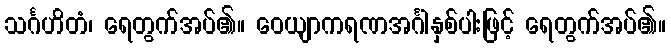
သင်္ဂဟိတံ၊ ရေတွက်အပ်၏။ ဝေယျာကရဏအင်္ဂါနှစ်ပါးဖြင့် ရေတွက်အပ်၏။